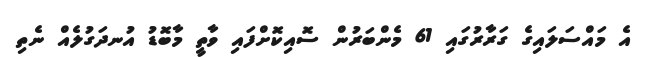
އެ މައްސަލައިގެ ގަރާރުގައި 61 މެންބަރުން ސޮއިކޮށްފައި ވާތީ މާބޮޑު އުނދަގުލެއް ނެތި